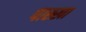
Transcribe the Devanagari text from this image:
पास्खा